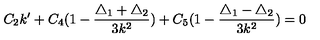
C _ { 2 } k ^ { \prime } + C _ { 4 } ( 1 - \frac { \triangle _ { 1 } + \triangle _ { 2 } } { 3 k ^ { 2 } } ) + C _ { 5 } ( 1 - \frac { \triangle _ { 1 } - \triangle _ { 2 } } { 3 k ^ { 2 } } ) = 0